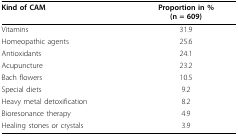
| Kind of CAM | Proportion in %(n = 609) |
 | --- | --- |
 | Vitamins | 31.9 |
 | Homeopathic agents | 25.6 |
 | Antioxidants | 24.1 |
 | Acupuncture | 23.2 |
 | Bach flowers | 10.5 |
 | Special diets | 9.2 |
 | Heavy metal detoxification | 8.2 |
 | Bioresonance therapy | 4.9 |
 | Healing stones or crystals | 3.9 |